Applicability to medico-legal practice in India of the biochemical tests for the origin of blood-stains - Number 39
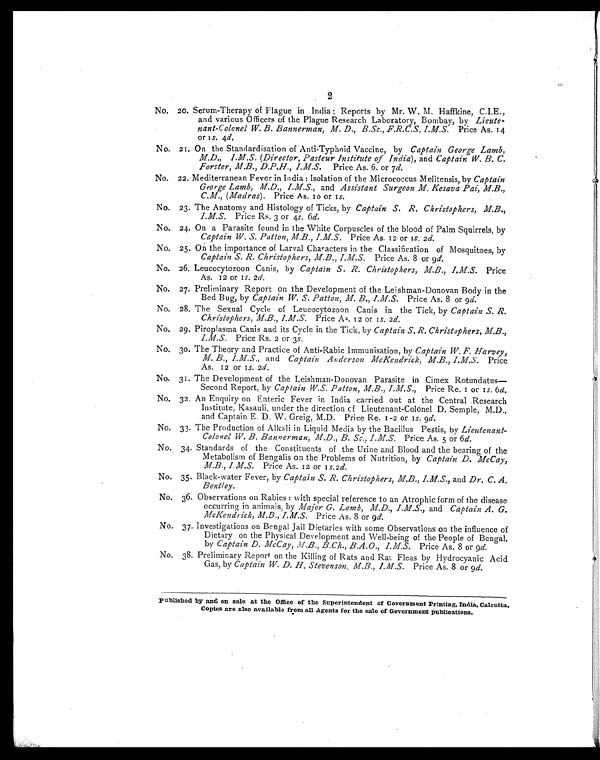
2
No. 20. Serum-Therapy of Plague in India ; Reports by Mr. W. M. Haffkine, C.I.E.,
and various Officers of the Plague Research Laboratory, Bombay, by Lieute -
nant-Colonel W. B. Bannerman, M. D., B.Sc., F.R.C.S. I.M.S. Price As. 14
or 1s. 4d.
No. 21. On the Standardisation of Anti-Typhoid Vaccine, by Captain George Lamb,
M.D., I.M.S. (Director, Pasteur Institute of India), and Captain W. B. C.
Forster, M.B., D.P.H., I.M.S. Price As. 6. or 7 d.
No. 22. Mediterranean Fever in India : Isolation of the Micrococcus Melitensis, by Captain
George Lamb, M.D., I.M.S., and Assistant Surgeon M. Kesava Pai, M.B.,
C.M., (Madras). Price As. 10 or 1s.
No. 23. The Anatomy and Histology of Ticks, by Captain S. R. Christophers, M.B.,
I.M.S. Price Rs. 3 or 4s. 6d.
No. 24. On a Parasite found in the White Corpuscles of the blood of Palm Squirrels, by
Captain W. S. Patton, M.B., I.M.S. Price As. 12 or 1s. 2 d.
No. 25. On the importance of Larval Characters in the Classification of Mosquitoes, by
Captain S. R. Christophers, M.B., I.M.S. Price As. 8 or 9d.
No. 26. Leucocytozoon Canis, by Captain S. R. Christophers, M.B., I.M.S. Price
As. 12 or 1s. 2d.
No. 27. Preliminary Report on the Development of the Leishman-Donovan Body in the
Bed Bug, by Captain W. S. Patton, M. B., I.M.S. Price As. 8 or 9 d.
No. 28. The Sexual Cycle of Leucocytozoon Canis in the Tick, by Captain S. R.
Christophers, M.B., I.M.S. Price As. 12 or 1s. 2d.
No. 29. Piroplasma Canis and its Cycle in the Tick, by Captain S. R. Christophers, M.B.,
I.M.S. Price Rs. 2 or 3s.
No. 30. The Theory and Practice of Anti-Rabic Immunisation, by Captain W. F. Harvey,
M. B., I.M.S.,a n d
C a p t a i n A n d e r s o n M c K e n d r i c k , M . B . , I . M . S .P
r i c e
As. 12 or 1s. 2d.
No. 31. The Development of the Leishman-Donovan Parasite in Cimex Rotundatus
— S e c o n d R e p o r t , b y
C a p t a i n W . S . P a t t o n , M . B . , I . M . S . ,P
r i c e R e . 1 o r 1
s .
6 d .
No. 32. An Enquiry on Enteric Fever in India carried out at the Central Research
Institute, Kasauli, under the direction cf Lieutenant-Colonel D. Semple, M.D.,
and Captain E. D. W. Greig, M.D. Price Re. 1 -2 or 1 s .
9 d .
No. 33. The Production of Alkali in Liquid Media by the Bacillus Pestis, by Lieutenant-
Colonel W. B. Bannerman, M.D., B. Sc., I.M.S. Price As. 5 or 6 d.
No. 34. Standards of the Constituents of the Urine and Blood and the bearing of the
Metabolism of Bengalis on the Problems of Nutrition, by Captain D.
McCay M.B., I.M.S. Price As. 12 or 1s. 2d.
No. 35. Black-water Fever, by Captain S. R. Christophers, M.B., I.M.S., and Dr. C. A.
Bentley.
No. 36. Observations on Rabies : with special reference to an Atrophic form of the disease
occurring in animals, by Major G. Lamb, M.D., I.M.S., and Captain A. G.
McKendrick, M.B., I.M.S. Price As. 8 or 9d.
No. 37. Investigations on Bengal Jail Dietaries with some Observations on the influence of
Dietary on the Physical Development and Well-being of the People of Bengal
. b y
C a p t a i n D . M c C a y , M . B . , B . C h . , B . A . O . , I . M . S .P
r i c e A s . 8 o r 9
d .
No. 38. Preliminary Report on the Killing of Rats and Rat Fleas by Hydrocyanic Acid
Gas, by Captain W. D. H. Stevenson, M.B., I.M.S. Price As. 8 or 9 d.
Published by and on sale at the Office of the Superintendent of Government Printing, India, Calcutta.
Copies are also available from all Agents for the sale of Government publications.